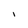
Character: I